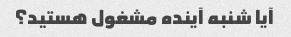
آیا شنبه آینده مشغول هستید؟